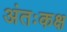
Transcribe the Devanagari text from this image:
अंतःकक्ष